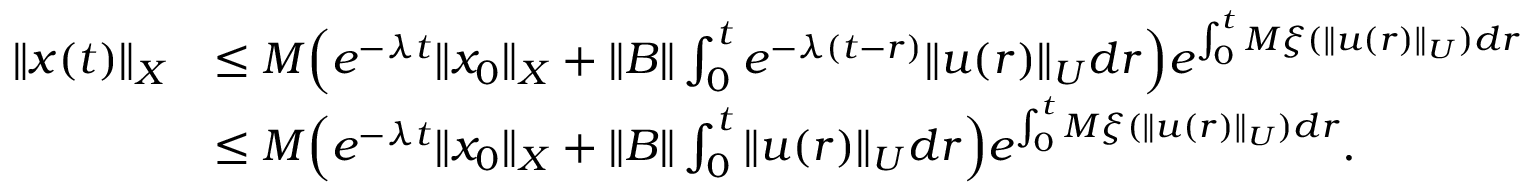
\begin{array} { r l } { \| x ( t ) \| _ { X } } & { \leq M \Big ( e ^ { - \lambda t } \| x _ { 0 } \| _ { X } + \| B \| \int _ { 0 } ^ { t } e ^ { - \lambda ( t - r ) } \| u ( r ) \| _ { U } d r \Big ) e ^ { \int _ { 0 } ^ { t } { M \xi ( \| u ( r ) \| _ { U } ) d r } } } \\ & { \leq M \Big ( e ^ { - \lambda t } \| x _ { 0 } \| _ { X } + \| B \| \int _ { 0 } ^ { t } \| u ( r ) \| _ { U } d r \Big ) e ^ { \int _ { 0 } ^ { t } { M \xi ( \| u ( r ) \| _ { U } ) d r } } . } \end{array}